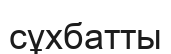
сұхбатты